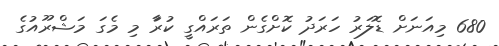
680 މިއަނަށް ޑޮލަރު ހަރަދު ކޮށްގެން ތަރައްގީ ކުރަާ މި މެގަ މަޝްރޫއުގެ